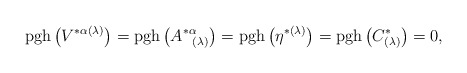
\begin{align*}\mathrm{pgh}\left( V^{*\alpha (\lambda )}\right) =\mathrm{pgh}\left(A_{\;\;\;(\lambda )}^{*\alpha }\right) =\mathrm{pgh}\left( \eta ^{*(\lambda)}\right) =\mathrm{pgh}\left( C_{(\lambda )}^{*}\right) =0, \end{align*}